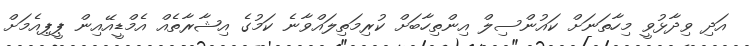
އަދި ވިދާޅުވީ މިހާތަނަށް ކައުންސިލް އިންތިހާބަށް ކުރިމަތިލައްވާނެ ކަމުގެ އިޝާރާތެއް އެމްޑީއޭއިން ޕީޕިއެމަށް